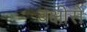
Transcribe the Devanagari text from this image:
बक्षीसे